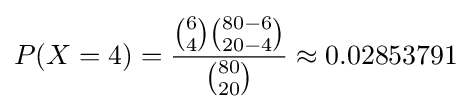
P(X=4)={{{6 \choose 4}{{80-6} \choose {20-4}}} \over {80 \choose 20}}\approx 0.02853791